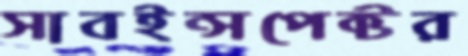
সাবইন্সপেক্টর